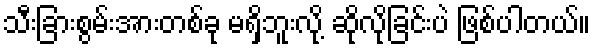
သီးခြားစွမ်းအားတစ်ခု မရှိဘူးလို့ ဆိုလိုခြင်းပဲ ဖြစ်ပါတယ်။